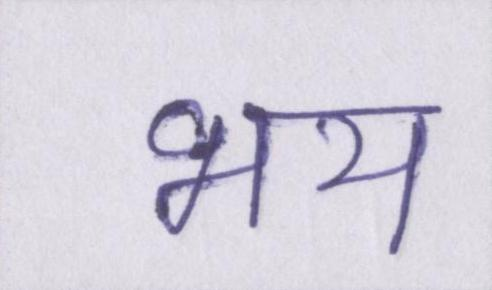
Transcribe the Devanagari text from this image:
भय